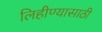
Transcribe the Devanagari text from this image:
लिहीण्यासाठी